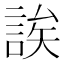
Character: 誒